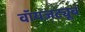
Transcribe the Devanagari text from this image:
वॉयजट्यूब